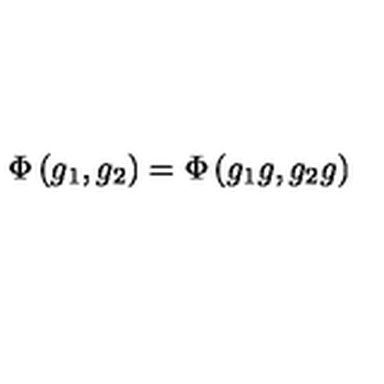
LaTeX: \Phi \left( g _ { 1 } , g _ { 2 } \right) = \Phi \left( g _ { 1 } g , g _ { 2 } g \right)